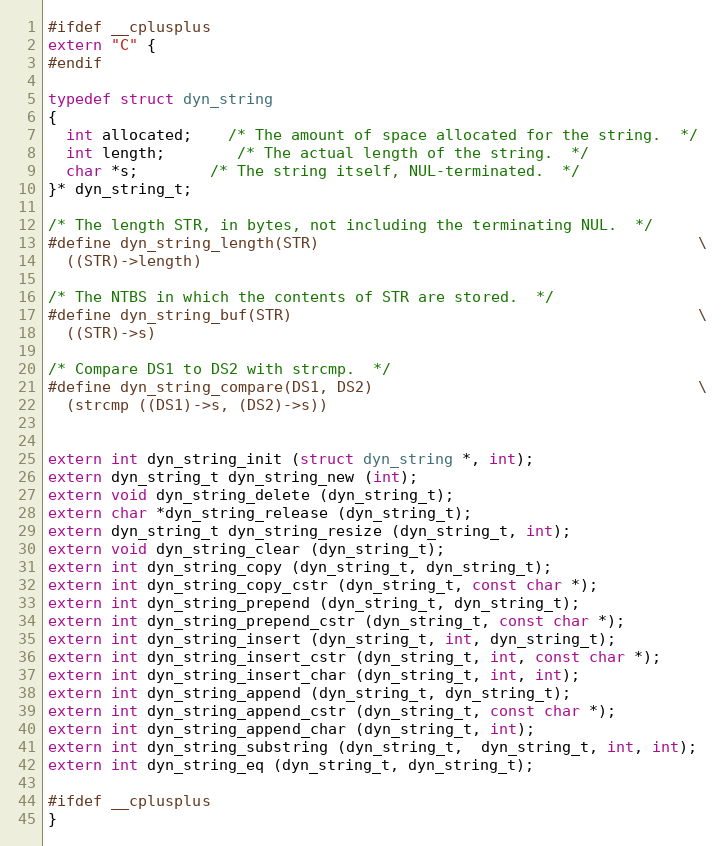
Language: C
#ifdef __cplusplus
extern "C" {
#endif

typedef struct dyn_string
{
  int allocated;	/* The amount of space allocated for the string.  */
  int length;		/* The actual length of the string.  */
  char *s;		/* The string itself, NUL-terminated.  */
}* dyn_string_t;

/* The length STR, in bytes, not including the terminating NUL.  */
#define dyn_string_length(STR)                                          \
  ((STR)->length)

/* The NTBS in which the contents of STR are stored.  */
#define dyn_string_buf(STR)                                             \
  ((STR)->s)

/* Compare DS1 to DS2 with strcmp.  */
#define dyn_string_compare(DS1, DS2)                                    \
  (strcmp ((DS1)->s, (DS2)->s))

extern int dyn_string_init (struct dyn_string *, int);
extern dyn_string_t dyn_string_new (int);
extern void dyn_string_delete (dyn_string_t);
extern char *dyn_string_release (dyn_string_t);
extern dyn_string_t dyn_string_resize (dyn_string_t, int);
extern void dyn_string_clear (dyn_string_t);
extern int dyn_string_copy (dyn_string_t, dyn_string_t);
extern int dyn_string_copy_cstr (dyn_string_t, const char *);
extern int dyn_string_prepend (dyn_string_t, dyn_string_t);
extern int dyn_string_prepend_cstr (dyn_string_t, const char *);
extern int dyn_string_insert (dyn_string_t, int, dyn_string_t);
extern int dyn_string_insert_cstr (dyn_string_t, int, const char *);
extern int dyn_string_insert_char (dyn_string_t, int, int);
extern int dyn_string_append (dyn_string_t, dyn_string_t);
extern int dyn_string_append_cstr (dyn_string_t, const char *);
extern int dyn_string_append_char (dyn_string_t, int);
extern int dyn_string_substring (dyn_string_t,  dyn_string_t, int, int);
extern int dyn_string_eq (dyn_string_t, dyn_string_t);

#ifdef __cplusplus
}